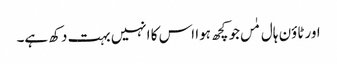
اور ٹاؤن ہال مٰں جو کچھ ہوا اس کا انہیں بہت دکھ ہے۔